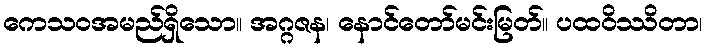
ကေသဝအမည်ရှိသော။ အဂ္ဂဇန၊ နောင်တော်မင်းမြတ်။ ပထဝိဿိတာ၊